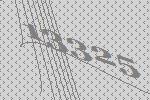
13325